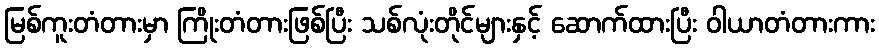
မြစ်ကူးတံတားမှာ ကြိုးတံတားဖြစ်ပြီး သစ်လုံးတိုင်များနှင့် ဆောက်ထားပြီး ဝါယာတံတားကား